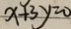
x + 3 y = 0